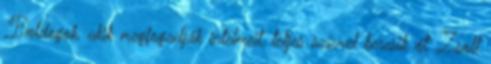
„Boldogok, akik megfogadják intelmeit, teljes szívvel keresik őt” Zsolt